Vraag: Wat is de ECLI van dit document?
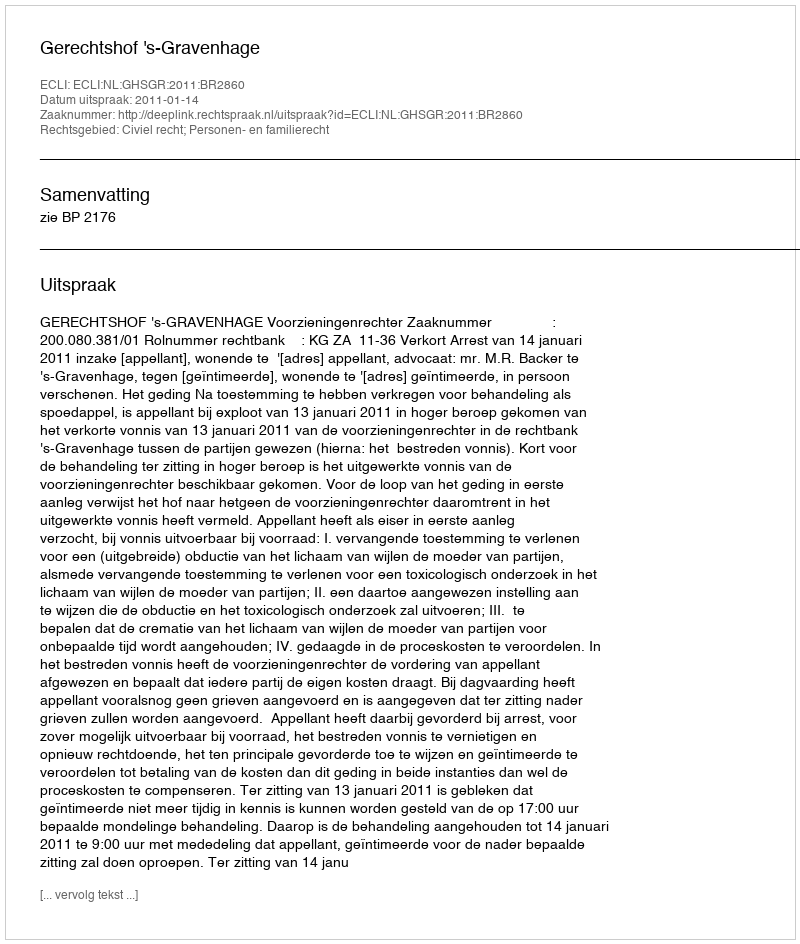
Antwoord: ECLI:NL:GHSGR:2011:BR2860